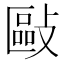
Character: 敺